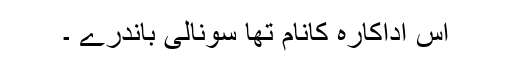
اس اداکارہ کانام تھا سونالی باندرے ۔